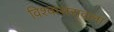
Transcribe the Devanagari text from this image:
विश्वासरावला